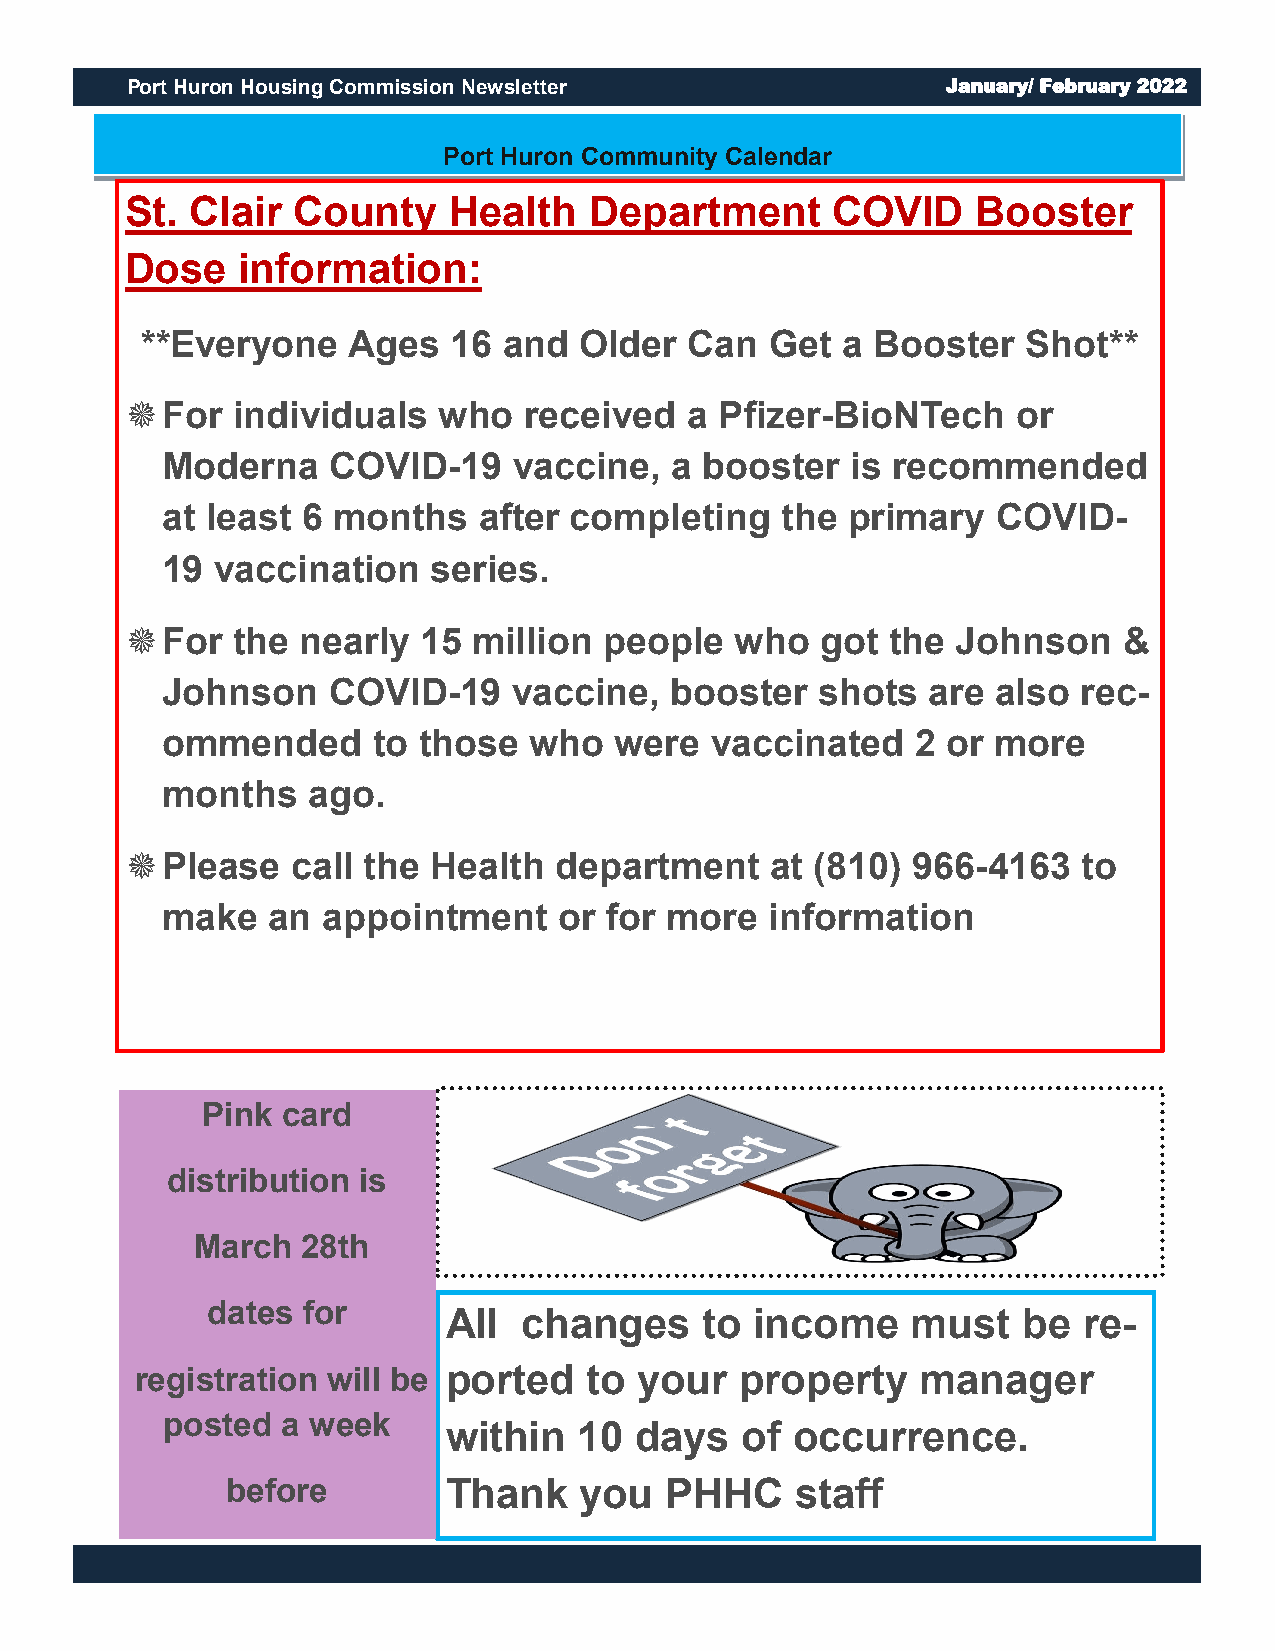
Port Huron Housing Commission Newsletter               January/ February 2022
 Port Huron Community Calendar
 St.  Clair County     Health   Department      COVID     Booster
 Dose    information:
 **Everyone    Ages   16 and  Older   Can  Get  a Booster   Shot**
   For individuals   who   received  a  Pfizer-BioNTech    or
 Moderna    COVID-19    vaccine,  a  booster  is recommended
 at least 6 months    after completing    the primary   COVID-
 19 vaccination    series.
   For the  nearly  15 million  people   who  got  the Johnson    &
 Johnson    COVID-19    vaccine,  booster   shots   are also  rec-
 ommended      to those  who   were  vaccinated    2 or more
 months   ago.
   Please  call the  Health  department    at (810) 966-4163    to
 make   an appointment     or for more   information
 Pink  card
 distribution is
 March  28th
 dates for
 All  changes     to income    must    be  re-
 registration will be ported   to your   property    manager
 posted  a week
 within  10  days   of occurrence.
 before         Thank   you   PHHC     staff